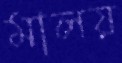
মালয়